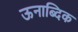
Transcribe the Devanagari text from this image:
ऊनाब्दिक